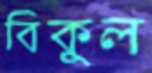
বিকুল